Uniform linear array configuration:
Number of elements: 24
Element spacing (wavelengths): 0.5
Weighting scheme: uniform
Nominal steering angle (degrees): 0
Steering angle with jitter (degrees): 0.1838
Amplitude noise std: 0.05
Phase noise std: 0.05

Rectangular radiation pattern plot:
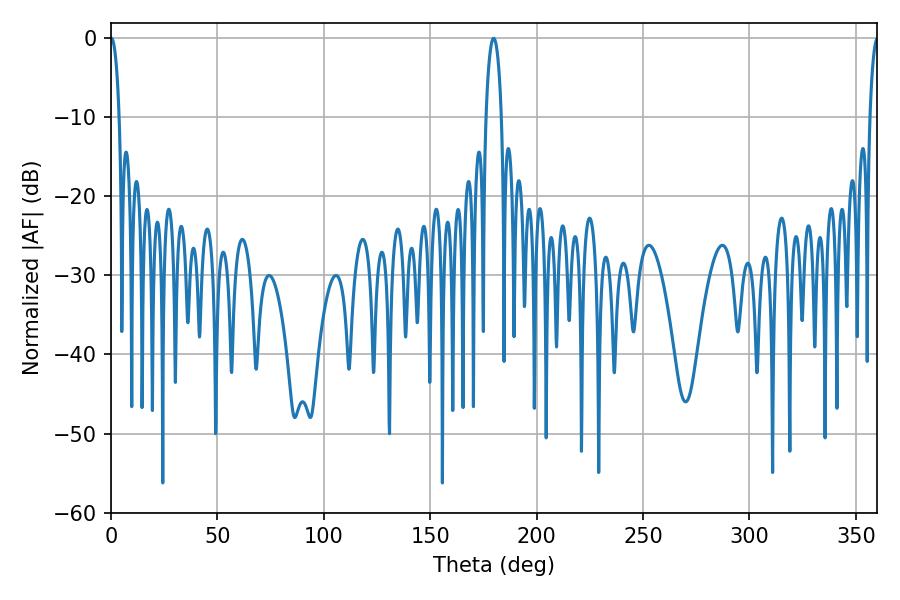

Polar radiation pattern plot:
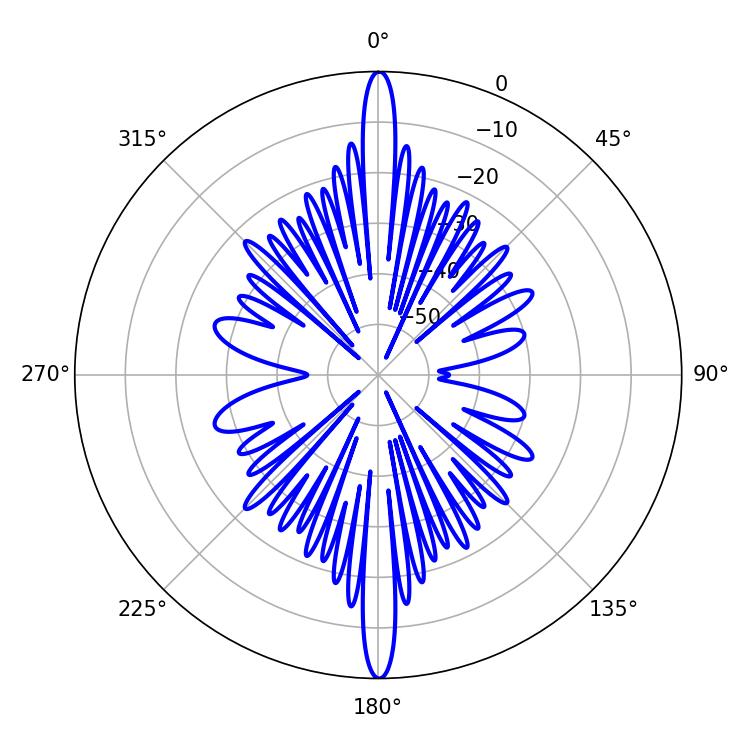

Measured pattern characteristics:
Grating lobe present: FALSE
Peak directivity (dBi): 39.584
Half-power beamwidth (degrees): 2.34
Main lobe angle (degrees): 0.18